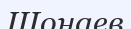
Шонаев